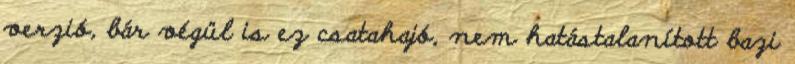
verzió, bár végül is ez csatahajó, nem hatástalanított bazi